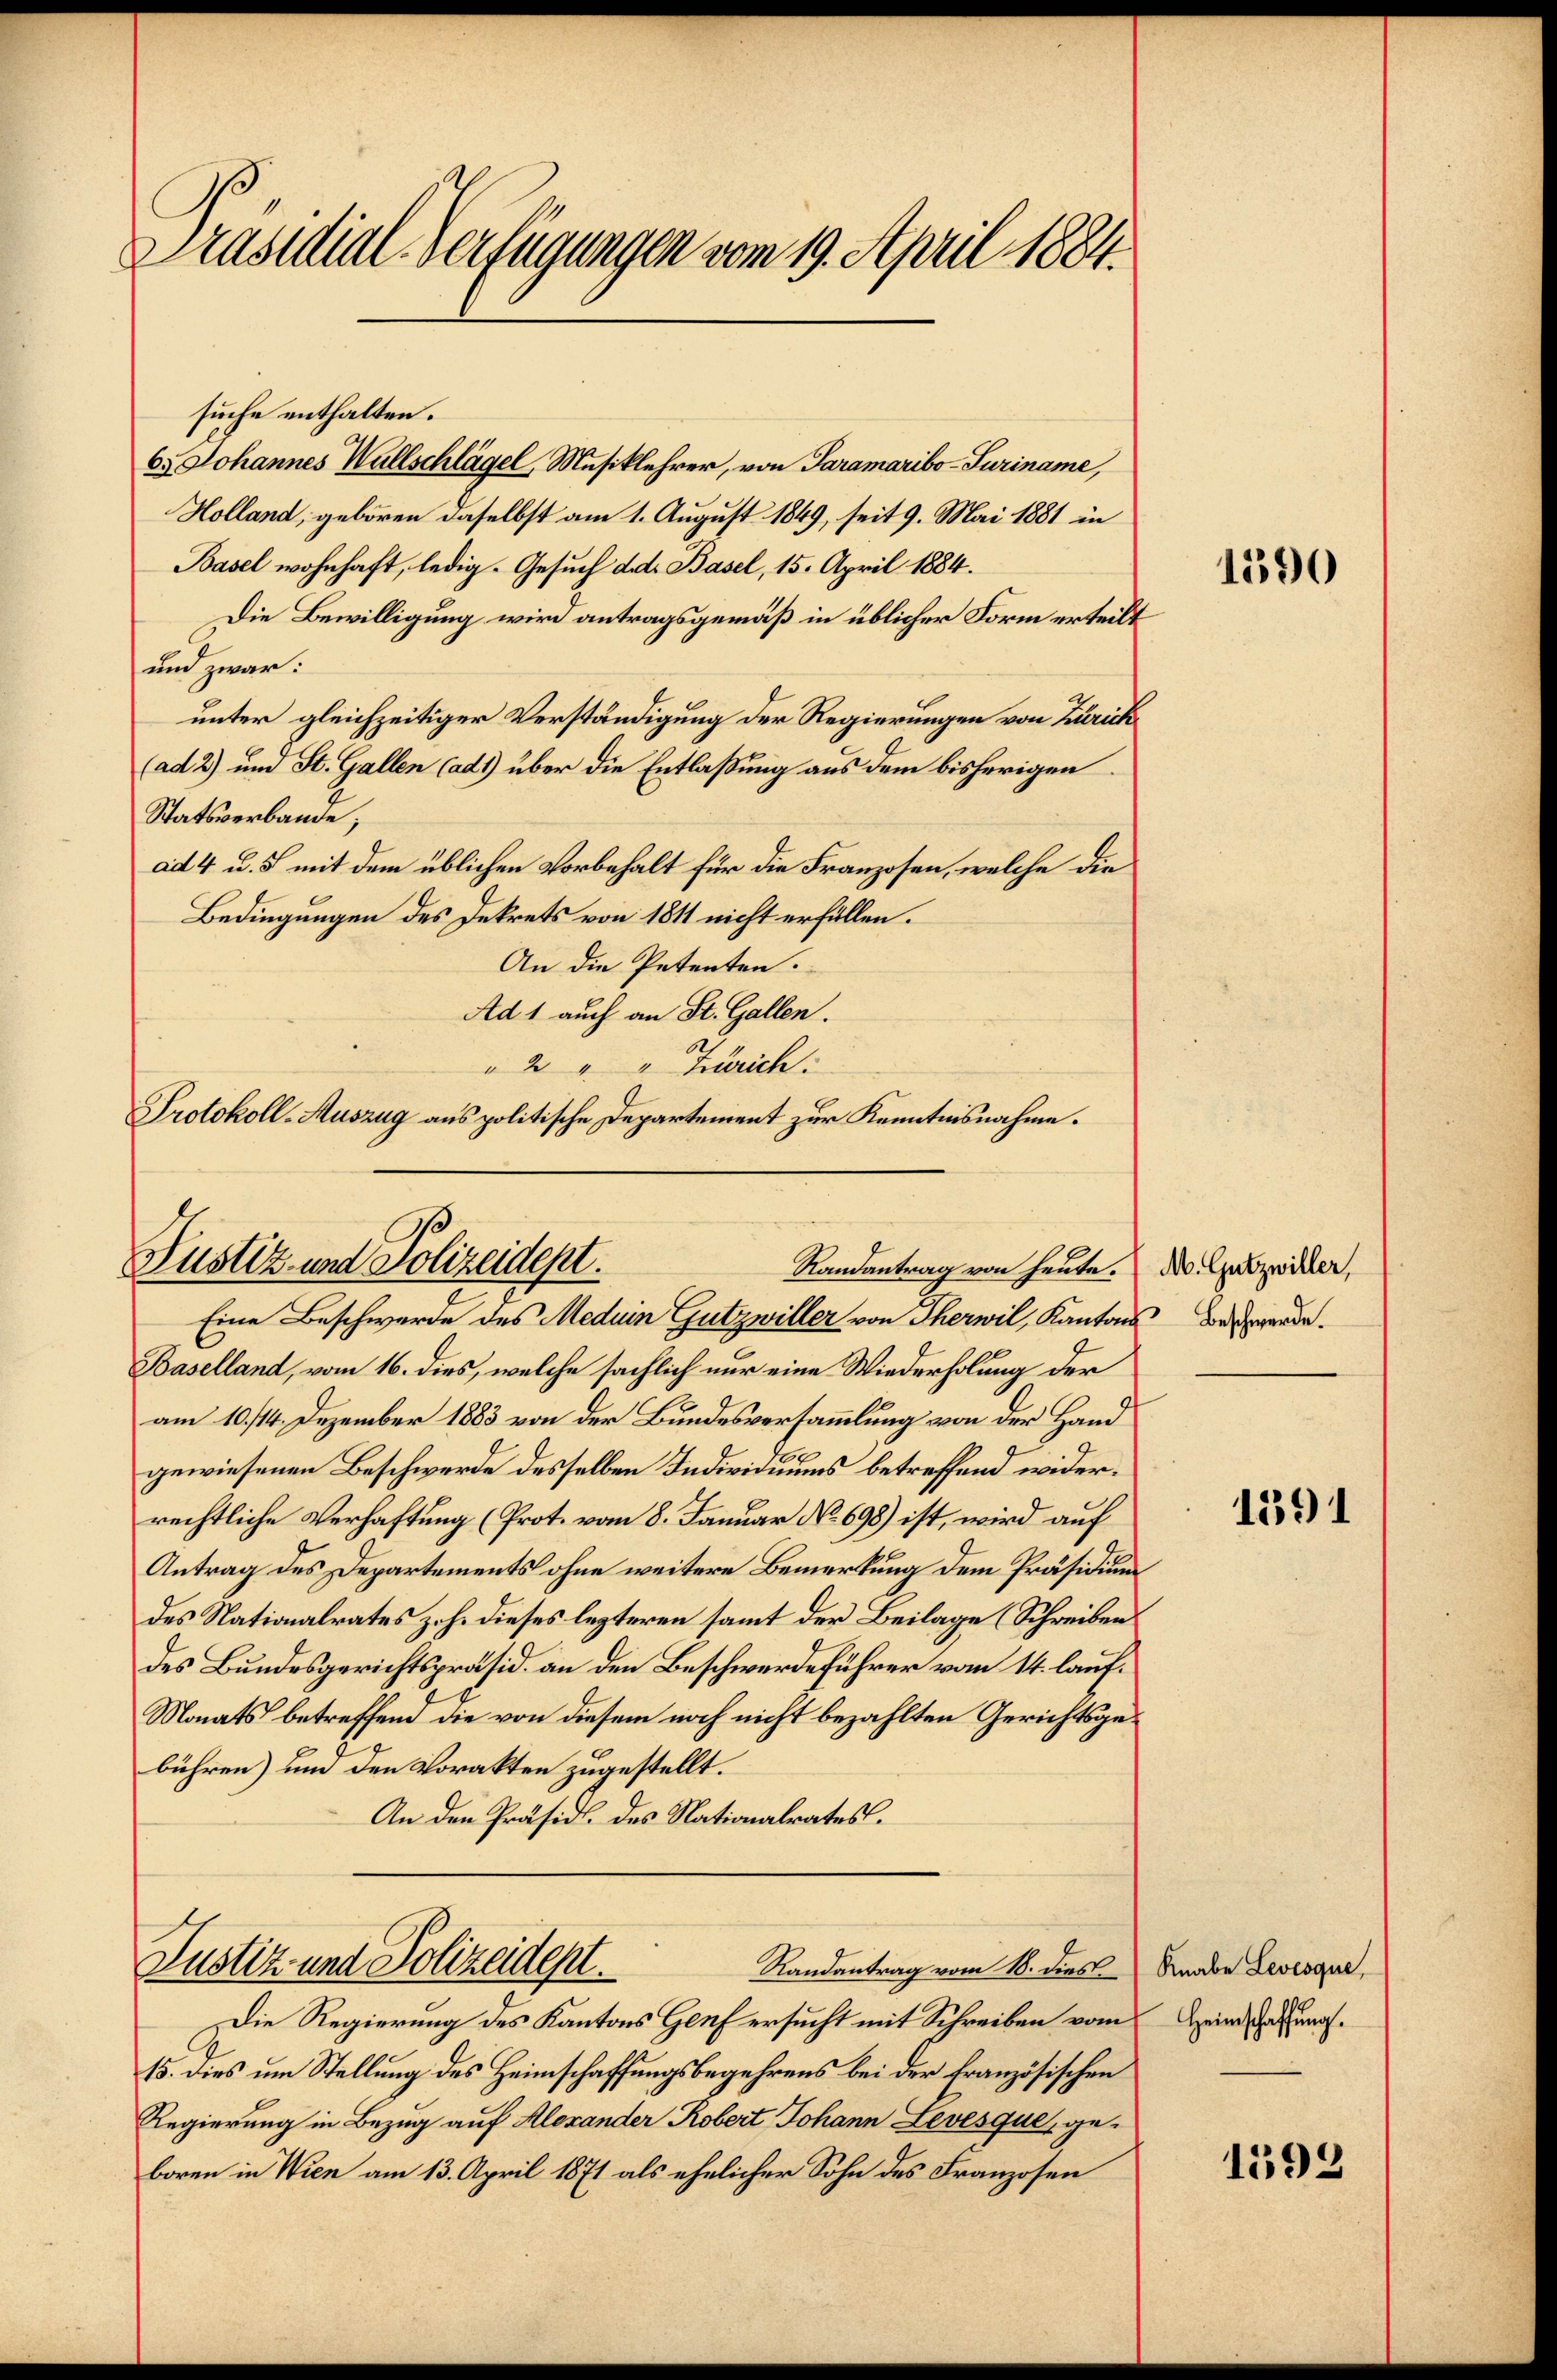
Präsidial-Verfügungen vom 19. April 1884.

suche enthalten.
6.) Johannes Wallschlägel, Musiklehrer, von Paramaribo-Turiname,
Holland, geboren daselbst am 1. August 1849, seit 9. Mai 1881 in
Basel wohnhaft, ledig. Gesuch d. d. Basel, 15. April 1884.
Die Bewilligung wird antragsgemäß in üblicher Form erteilt
und zwar:
unter gleichzeitiger Verständigung der Regierungen von Zürich
(ad 2) und St. Gallen (ad1) über die Entlaßung aus dem bisherigen
Statsverbande;
ad 4 u. 5 mit dem üblichen Vorbehalt für die Franzosen, welche die
Bedingungen des Dekrets von 1811 nicht erfüllen.
An die Petenten.
Ad 1 auch an St. Gallen.
6
" 2 " " Zürich.
Protokoll-Auszug aus politische Departement zur Kenntnisnahme.

Justiz- und Polizeidept.
Randantrag von heute.

Justiz und Polizeident.
Randantrag vom 18. dies

Eine Beschwerde des Meduin Gutzwiller von Therwil, Kantons besonde.
Baselland, vom 16. dies, welche sächlich nur eine Wiederholung der
am 10./14. Dezember 1883 von der Bundesversammlung von der Hand
gewiesenen Beschwerde desselben Individuums betreffend widerrechtliche Verhaftung (Prot. vom 8. Januar No 698) ist, wird auf
Antrag des Departements ohne weitere Bemerkung dem Präsidium
des Nationalrates z.h. dieses lezteren samt der Beilage (Schreiben
des Bundesgerichtspräsid. an den Beschwerdeführer vom 14. lauf¬
Monats betreffend die von diesem noch nicht bezahlten Gerichtsgebühren) um den Vorakten zugestellt.
An den Präsidl. des Nationalrates.

Die Regierung des Kantons Genf ersucht mit Schreiben vom Heinschaffungs¬
15. Dies um Stellung des Heimschaffungsbegehrens bei der Französischen
Regierung in Bezug auf Alexander Robert Johann Levesque, ge-
boren in Wien am 13. April 1871 als ehelicher Sohn des Franzosen

1390

M. Gutzwiller,

1591

Knabe Levesque

1592